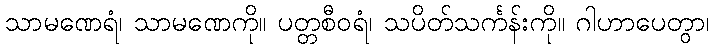
သာမဏေရံ၊ သာမဏေကို။ ပတ္တစီဝရံ၊ သပိတ်သင်္ကန်းကို။ ဂါဟာပေတွာ၊